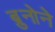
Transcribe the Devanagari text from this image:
ब्रुनोने